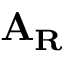
\mathbf { A } _ { \mathbf { R } }